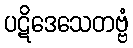
ပဋိဒေသေတဗ္ဗံ